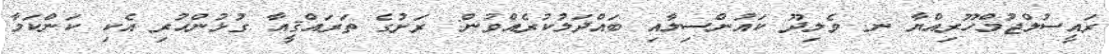
ރައީސުލްޖުމްހޫރިއްޔާ ނ. ވެލިދޫ ކައުންސިލާއި ބައްދަލުކުރެއްވުން: ރަށުގެ ތަރައްޤީއާ ގުޅުންހުރި އެކި ކަންކަމާ